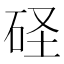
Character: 𥑋